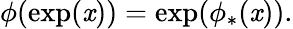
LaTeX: \phi(\exp(\mathit{x}))=\exp(\phi_{*}(\mathit{x})).